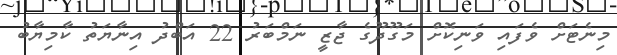
މިނެޓަށް ވެފައި ވަނިކޮށް މަގޫދޫގެ ޖާޒީ ނަމްބަރު 22 އަބްދު އިނާޔަތު ކާމިޔާބު